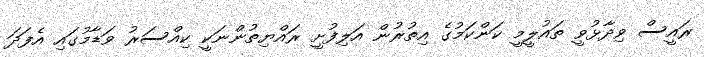
ރައީސް ވިދާޅުވީ ތައުލީމީ ކަންކަމުގެ އިތުރުން އަލިފުށީ ރައްޔިތުންނަކީ ކިއްސަރު ވަޑާމުގައި އެފަދަ